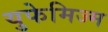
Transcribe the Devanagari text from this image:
युफेमिज्म